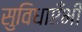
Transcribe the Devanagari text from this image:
सुविधाएँभी